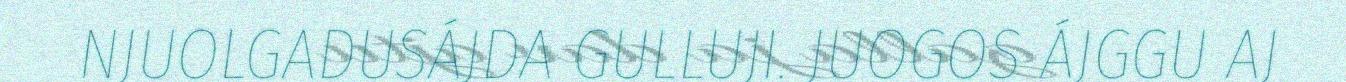
NJUOLGADUSÁJDA GULLUJI. JUOGOS ÁJGGU AJ